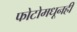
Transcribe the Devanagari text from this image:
फोटोमधूनही